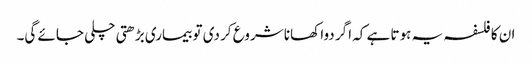
ان کا فلسفہ یہ ہوتا ہے کہ اگر دوا کھانا شروع کر دی تو بیماری بڑھتی چلی جائے گی۔